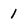
Character: 1